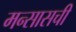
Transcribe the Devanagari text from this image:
मन्सासची